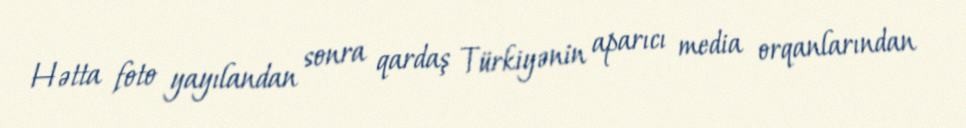
Hətta foto yayılandan sonra qardaş Türkiyənin aparıcı media orqanlarından